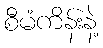
စီမံကိန်းနဲ့